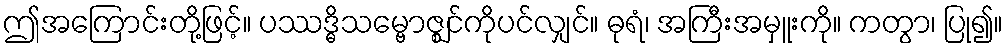
ဤအကြောင်းတို့ဖြင့်။ ပဿဒ္ဓိသမ္ဗောဇ္ဈင်ကိုပင်လျှင်။ ဓုရံ၊ အကြီးအမှူးကို။ ကတွာ၊ ပြု၍။